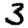
Digit: 3